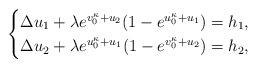
LaTeX: \begin{align*}\begin{cases}\Delta u_1+ \lambda e^{v_0^\kappa+u_2}(1-e^{u_0^\kappa+u_1})=h_1,\\\Delta u_2+ \lambda e^{u_0^\kappa+u_1}(1-e^{v_0^\kappa+u_2})=h_2,\end{cases}\end{align*}